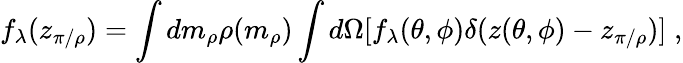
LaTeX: f_{\lambda}(z_{\pi/\rho})=\int dm_{\rho}\rho(m_{\rho})\int d\Omega[f_{\lambda}(\theta,\phi)\delta(z(\theta,\phi)-z_{\pi/\rho})]\; ,